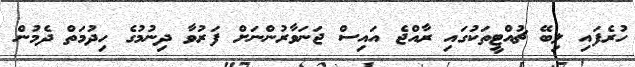
ހުރެފައި ލިބޭ ޗުއްޓީތަކުގައި ރާއްޖެ އައިސް ޖަނަވާރުންނަށް ފަރުވާ ދިނުމުގެ ހިދުމަތް ދެމުން